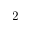
2